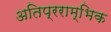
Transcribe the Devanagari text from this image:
अतिप्रराम्भिक